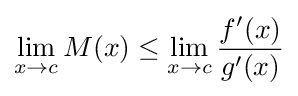
\lim _{x\to c}M(x)\leq \lim _{x\to c}{\frac {f'(x)}{g'(x)}}